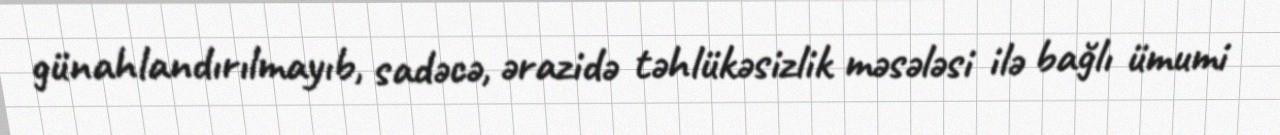
günahlandırılmayıb, sadəcə, ərazidə təhlükəsizlik məsələsi ilə bağlı ümumi